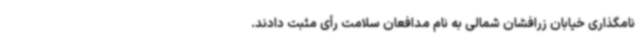
نامگذاری خیابان زرافشان شمالی به نام مدافعان سلامت رأی مثبت دادند.